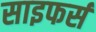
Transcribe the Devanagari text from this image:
साइफर्स